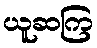
ယူဆကြ